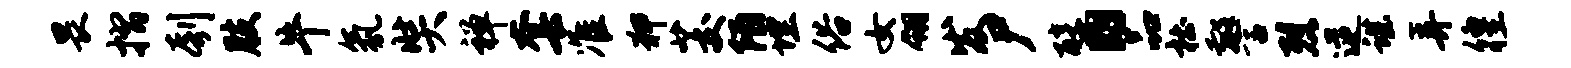
畏摺刳肢牛氛奘禅套准狎茭陌埋俗女翎发尸醇。品杜警烈逆谌弄徨